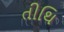
તીથિ